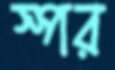
স্পর